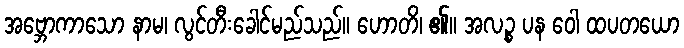
အဗ္ဘောကာသော နာမ၊ လွင်တီးခေါင်မည်သည်။ ဟောတိ၊ ၏။ အလဉ္စ ပန ဝေါ ထပတယော